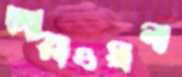
জোব্বাওয়ালা